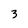
Character: 3